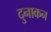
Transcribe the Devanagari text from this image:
दुनाकन